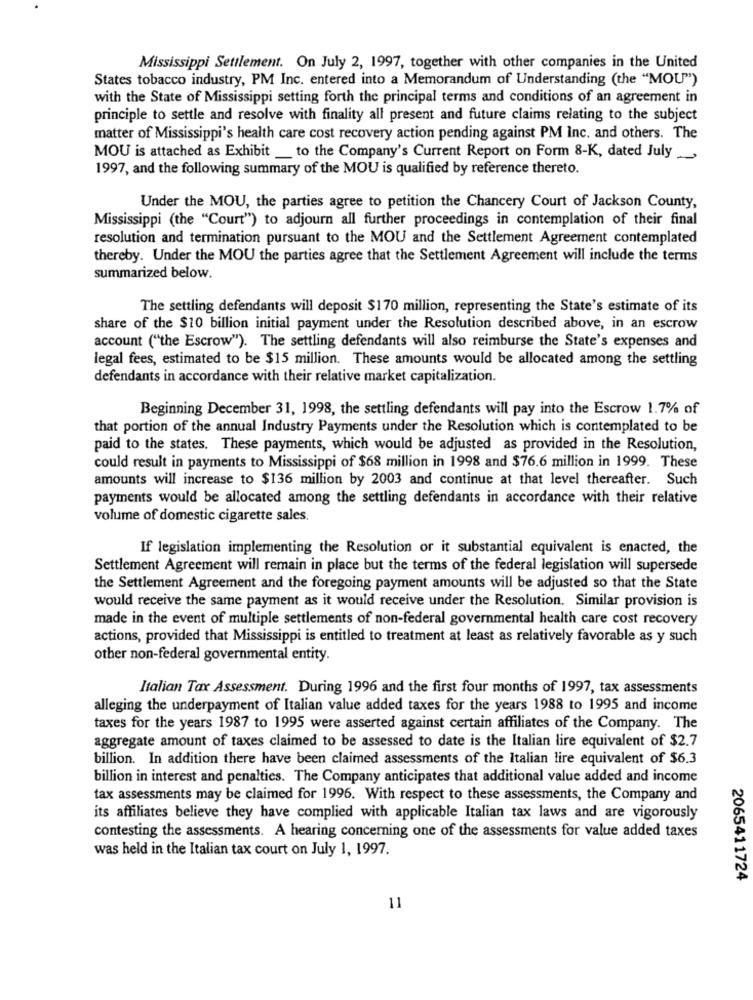
Mississippi Settlement. On July 2, 1997, together with other companies in the United
States tobacco industry, PM Inc. entered into a Memorandum of Understanding (the "MOU")
with the State of Mississippi setting forth the principal terms and conditions of an agreement in
principle to settle and resolve with finality all present and future claims relating to the subject
matter of Mississippi's health care cost recovery action pending against PM Inc. and others. The
MOU is attached as Exhibit_ to the Company's Current Report on Form 8-K, dated July _,
1997, and the following summary of the MOU is qualified by reference thereto.
Under the MOU, the parties agree to petition the Chancery Court of Jackson County,
Mississippi (the "Court") to adjourn all further proceedings in contemplation of their final
resolution and termination pursuant to the MOU and the Settlement Agreement contemplated
thereby. Under the MOU the parties agree that the Settlement Agreement will include the terms
summarized below.
The settling defendants will deposit $170 million, representing the State's estimate of its
share of the $10 billion initial payment under the Resolution described above, in an escrow
account ("the Escrow"). The settling defendants will also reimburse the State's expenses and
legal fees, estimated to be $15 million. These amounts would be allocated among the settling
defendants in accordance with their relative market capitalization.
Beginning December 31, 1998, the settling defendants will pay into the Escrow 1.7% of
that portion of the annual Industry Payments under the Resolution which is contemplated to be
paid to the states. These payments, which would be adjusted as provided in the Resolution,
could result in payments to Mississippi of $68 million in 1998 and $76.6 million in 1999. These
amounts will increase to $136 million by 2003 and continue at that level thereafter. Such
payments would be allocated among the settling defendants in accordance with their relative
volume of domestic cigarette sales.
If legislation implementing the Resolution or it substantial equivalent is enacted, the
Settlement Agreement will remain in place but the terms of the federal legislation will supersede
the Settlement Agreement and the foregoing payment amounts will be adjusted so that the State
would receive the same payment as it would receive under the Resolution. Similar provision is
made in the event of multiple settlements of non-federal governmental health care cost recovery
actions, provided that Mississippi is entitled to treatment at least as relatively favorable as y such
other non-federal governmental entity.
Italian Tax Assessment. During 1996 and the first four months of 1997, tax assessments
alleging the underpayment of Italian value added taxes for the years 1988 to 1995 and income
taxes for the years 1987 to 1995 were asserted against certain affiliates of the Company. The
aggregate amount of taxes claimed to be assessed to date is the Italian lire equivalent of $2.7
billion. In addition there have been claimed assessments of the Italian lire equivalent of $6.3
billion in interest and penalties. The Company anticipates that additional value added and income
tax assessments may be claimed for 1996. With respect to these assessments, the Company and
its affiliates believe they have complied with applicable Italian tax laws and are vigorously
contesting the assessments. A hearing concerning one of the assessments for value added taxes
was held in the Italian tax court on July 1, 1997.
2065411724
11